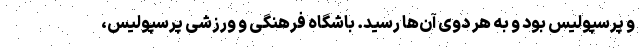
و پرسپولیس بود و به هر دوی آن‌ها رسید. باشگاه فرهنگی و ورزشی پرسپولیس،